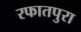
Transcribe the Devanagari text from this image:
रफातपुरा